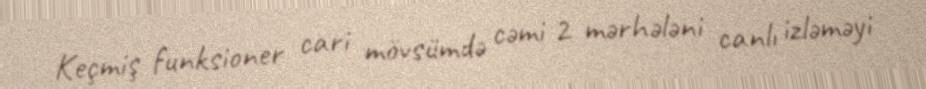
Keçmiş funksioner cari mövsümdə cəmi 2 mərhələni canlı izləməyi